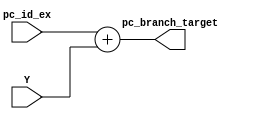
`timescale 1ns / 1ps
//////////////////////////////////////////////////////////////////////////////////
// Company: 
// Engineer: 
// 
// Design Name: 
// Module Name: pc_adder
// Project Name: 
// Target Devices: 
// Tool Versions: 
// Description: 
// 
// Dependencies: 
// 
// Revision:
// Revision 0.01 - File Created
// Additional Comments:
// 
//////////////////////////////////////////////////////////////////////////////////


module pc_adder(pc_id_ex,Y,pc_branch_target);

input [31:0] pc_id_ex , Y;
output reg [31:0] pc_branch_target;

always@(*)
begin
pc_branch_target = pc_id_ex + Y;
end

endmodule